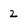
Character: 2